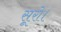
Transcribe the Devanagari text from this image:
सूरो।